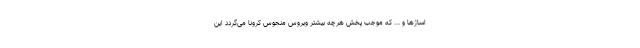
اساژها و ... که موجب پخش هرچه بیشتر ویروس منحوس کرونا می‌گردد این